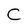
Character: C